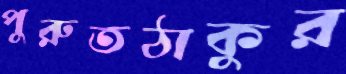
পুরুতঠাকুর